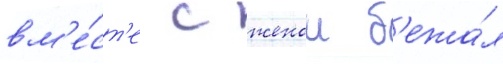
вм'е́ст'е с женои б'ежа́л